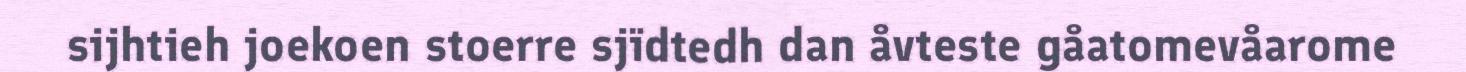
sijhtieh joekoen stoerre sjïdtedh dan åvteste gåatomevåarome